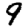
Digit: 9